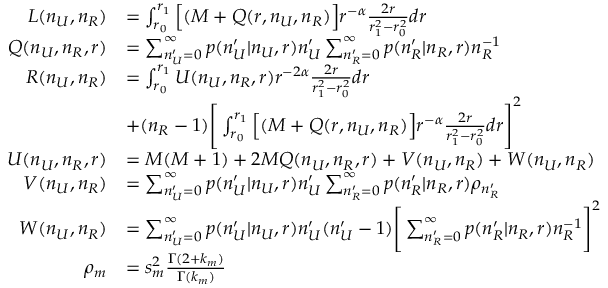
\begin{array} { r l } { L ( n _ { U } , n _ { R } ) } & { = \int _ { r _ { 0 } } ^ { r _ { 1 } } \Big [ ( M + Q ( r , n _ { U } , n _ { R } ) \Big ] r ^ { - \alpha } \frac { 2 r } { r _ { 1 } ^ { 2 } - r _ { 0 } ^ { 2 } } d r } \\ { Q ( n _ { U } , n _ { R } , r ) } & { = \sum _ { n _ { U } ^ { \prime } = 0 } ^ { \infty } p ( n _ { U } ^ { \prime } | n _ { U } , r ) n _ { U } ^ { \prime } \sum _ { n _ { R } ^ { \prime } = 0 } ^ { \infty } p ( n _ { R } ^ { \prime } | n _ { R } , r ) n _ { R } ^ { - 1 } } \\ { R ( n _ { U } , n _ { R } ) } & { = \int _ { r _ { 0 } } ^ { r _ { 1 } } U ( n _ { U } , n _ { R } , r ) r ^ { - 2 \alpha } \frac { 2 r } { r _ { 1 } ^ { 2 } - r _ { 0 } ^ { 2 } } d r } \\ & { + ( n _ { R } - 1 ) \Bigg [ \int _ { r _ { 0 } } ^ { r _ { 1 } } \Big [ ( M + Q ( r , n _ { U } , n _ { R } ) \Big ] r ^ { - \alpha } \frac { 2 r } { r _ { 1 } ^ { 2 } - r _ { 0 } ^ { 2 } } d r \Bigg ] ^ { 2 } } \\ { U ( n _ { U } , n _ { R } , r ) } & { = M ( M + 1 ) + 2 M Q ( n _ { U } , n _ { R } , r ) + V ( n _ { U } , n _ { R } ) + W ( n _ { U } , n _ { R } ) } \\ { V ( n _ { U } , n _ { R } ) } & { = \sum _ { n _ { U } ^ { \prime } = 0 } ^ { \infty } p ( n _ { U } ^ { \prime } | n _ { U } , r ) n _ { U } ^ { \prime } \sum _ { n _ { R } ^ { \prime } = 0 } ^ { \infty } p ( n _ { R } ^ { \prime } | n _ { R } , r ) \rho _ { n _ { R } ^ { \prime } } } \\ { W ( n _ { U } , n _ { R } ) } & { = \sum _ { n _ { U } ^ { \prime } = 0 } ^ { \infty } p ( n _ { U } ^ { \prime } | n _ { U } , r ) n _ { U } ^ { \prime } ( n _ { U } ^ { \prime } - 1 ) \Bigg [ \sum _ { n _ { R } ^ { \prime } = 0 } ^ { \infty } p ( n _ { R } ^ { \prime } | n _ { R } , r ) n _ { R } ^ { - 1 } \Bigg ] ^ { 2 } } \\ { \rho _ { m } } & { = s _ { m } ^ { 2 } \frac { \Gamma ( 2 + k _ { m } ) } { \Gamma ( k _ { m } ) } } \end{array}